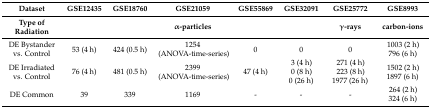
<table><thead><tr><td><b>Dataset</b></td><td><b>GSE12435</b></td><td><b>GSE18760</b></td><td><b>GSE21059</b></td><td><b>GSE55869</b></td><td><b>GSE32091</b></td><td><b>GSE25772</b></td><td><b>GSE8993</b></td></tr><tr><td><b>Type of Radiation</b></td><td colspan="5"><b>α-particles</b></td><td><b>γ-rays</b></td><td><b>carbon-ions</b></td></tr></thead><tbody><tr><td>DE Bystander vs. Control</td><td>53 (4 h)</td><td>424 (0.5 h)</td><td>1254(ANOVA-time-series)</td><td>0</td><td>0</td><td>0</td><td>1003 (2 h)796 (6 h)</td></tr><tr><td>DE Irradiated vs. Control</td><td>76 (4 h)</td><td>481 (0.5 h)</td><td>2399(ANOVA-time-series)</td><td>47 (4 h)</td><td>3 (4 h)0 (8 h)0 (26 h)</td><td>271 (4 h)223 (8 h)1977 (26 h)</td><td>1502 (2 h)1897 (6 h)</td></tr><tr><td>DE Common</td><td>39</td><td>339</td><td>1169</td><td>-</td><td>-</td><td>-</td><td>264 (2 h)324 (6 h)</td></tr></tbody></table>